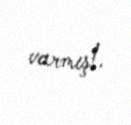
varmış!.